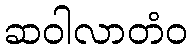
ဆဝါလာတံဝ